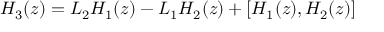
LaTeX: H _ { 3 } ( z ) = { \cal L } _ { 2 } H _ { 1 } ( z ) - { \cal L } _ { 1 } H _ { 2 } ( z ) + [ H _ { 1 } ( z ) , H _ { 2 } ( z ) ]